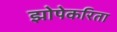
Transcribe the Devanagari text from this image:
झोपेकरिता